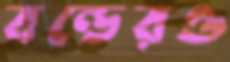
বন্ডেরও